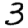
Digit: 3